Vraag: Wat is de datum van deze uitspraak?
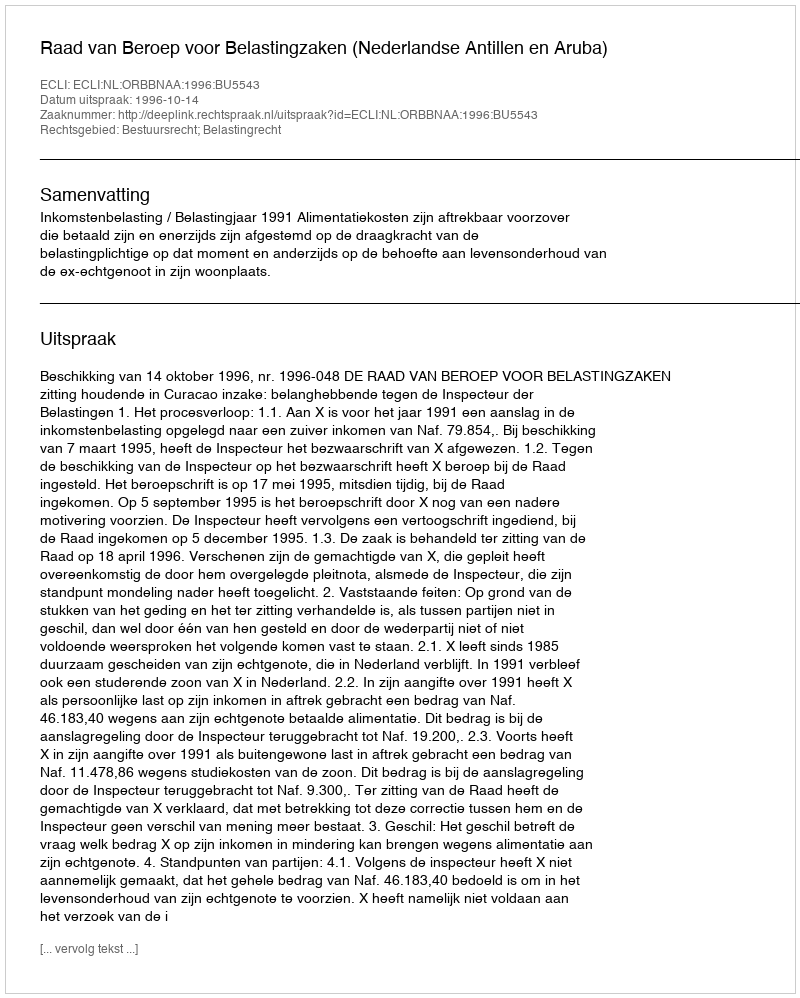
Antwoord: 1996-10-14